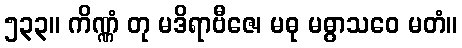
၅၃၃။ ကိဏ္ဏံ တု မဒိရာဗီဇေ၊ မဓု မဓွာသဝေ မတံ။